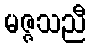
မဇ္ဇသညီ